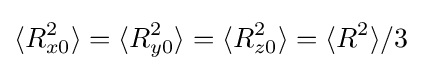
\langle R_{x0}^{2}\rangle =\langle R_{y0}^{2}\rangle =\langle R_{z0}^{2}\rangle =\langle R^{2}\rangle /3